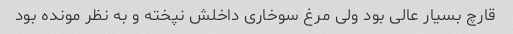
قارچ بسیار عالی بود ولی مرغ سوخاری داخلش نپخته و به نظر مونده بود